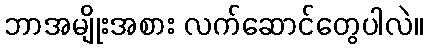
ဘာအမျိုးအစား လက်ဆောင်တွေပါလဲ။